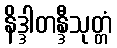
နိဒ္ဒါတန္ဒီသုတ္တံ